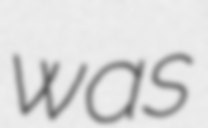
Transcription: was